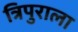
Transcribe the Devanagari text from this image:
त्रिपुराला